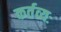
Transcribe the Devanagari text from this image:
कर्तव्यः